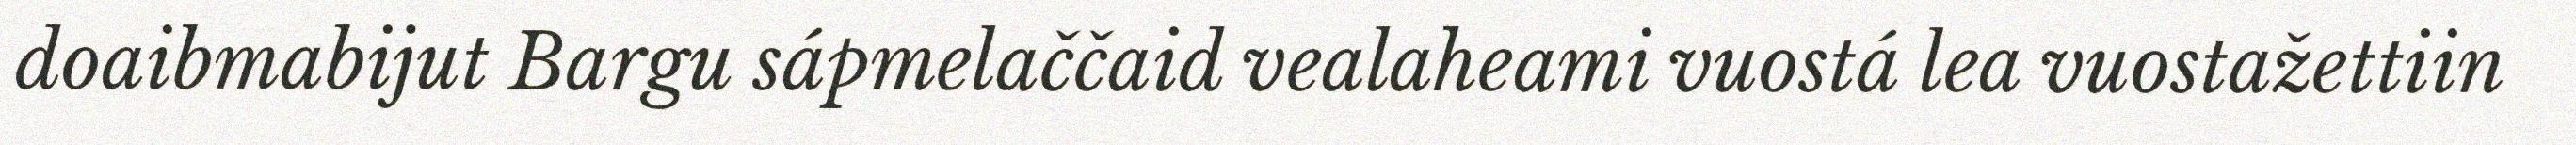
doaibmabijut Bargu sápmelaččaid vealaheami vuostá lea vuostažettiin